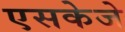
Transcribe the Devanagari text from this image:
एसकेजे